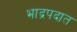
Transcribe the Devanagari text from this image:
भाद्रपदात